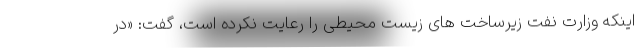
اینکه وزارت نفت زیرساخت های زیست محیطی را رعایت نکرده است، گفت: «در